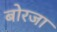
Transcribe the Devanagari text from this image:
बोरजा